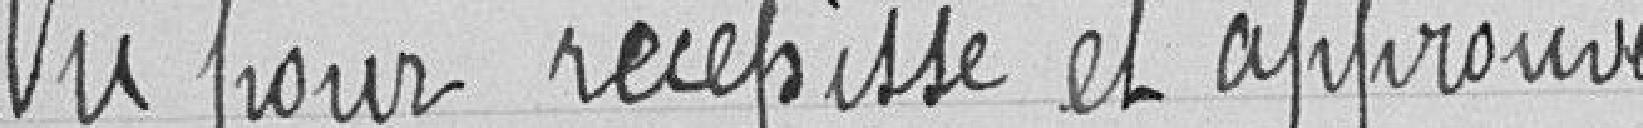
Vu pour récépissé et approuvé